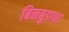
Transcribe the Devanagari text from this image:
बिनबुडाचा